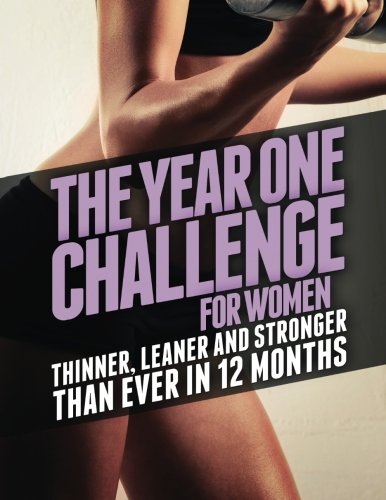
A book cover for The Year One Challenge for Women: Thinner, Leaner, and Stronger Than Ever in 12 Months; Michael Matthews; Health, Fitness & Dieting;